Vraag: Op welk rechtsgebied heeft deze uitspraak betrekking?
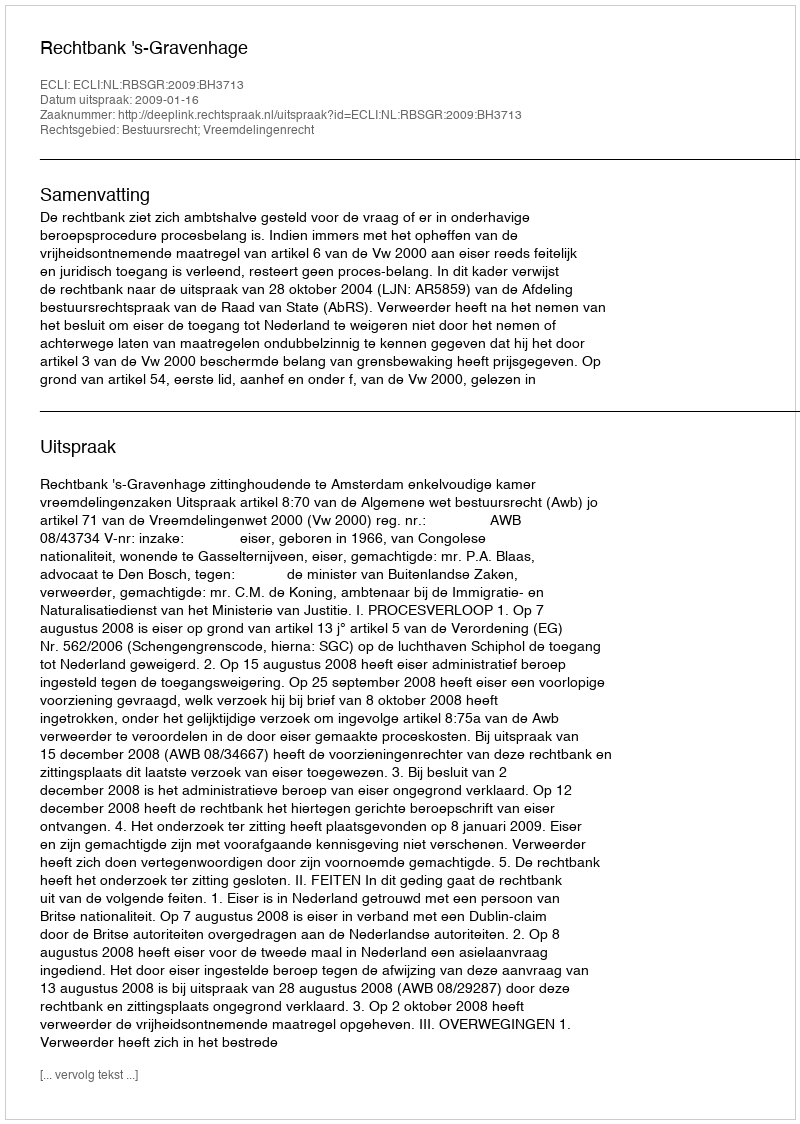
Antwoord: Bestuursrecht; Vreemdelingenrecht